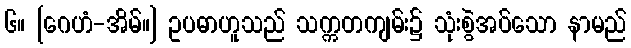
၆။ [ဂေဟံ-အိမ်။] ဥပဓာဟူသည် သက္ကတကျမ်း၌ သုံးစွဲအပ်သော နာမည်